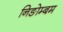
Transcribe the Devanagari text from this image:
निङोम्बम